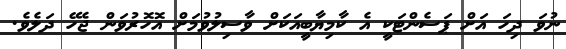
ނުވަ ދިހަ އަށް ޕަސެންޓަކީ އެ ކާމިޔާބީއަކަށް ވާސިލުވުމަށް އޮހޮރުވަން ޖެހޭ ދަލެވެ.